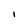
Character: l